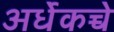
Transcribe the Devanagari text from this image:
अर्धेकच्चे